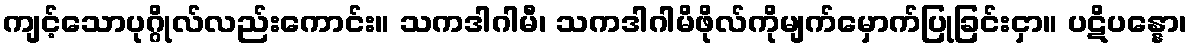
ကျင့်သောပုဂ္ဂိုလ်လည်းကောင်း။ သကဒါဂါမီ၊ သကဒါဂါမိဖိုလ်ကိုမျက်မှောက်ပြုခြင်းငှာ။ ပဋိပန္နော၊